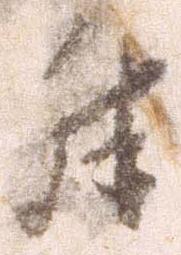
殊